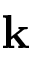
\mathbf { k }